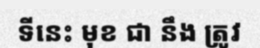
ទីនេះ មុខ ជា នឹង ត្រូវ